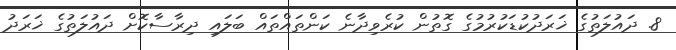
8. ދައުލަތުގެ ޚަރަދުކުޑަކުރުމުގެ ގޮތުން ކުރެވިދާނެ ކަންތައްތައް ބަލައި ދިރާސާކޮށް ދައުލަތުގެ ޚަރަދު